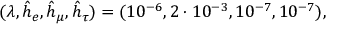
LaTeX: ( \lambda , \hat { h } _ { e } , \hat { h } _ { \mu } , \hat { h } _ { \tau } ) = ( 1 0 ^ { - 6 } , 2 \cdot 1 0 ^ { - 3 } , 1 0 ^ { - 7 } , 1 0 ^ { - 7 } ) ,